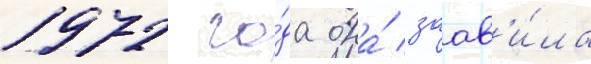
1972 го́да она́ заав'и́ла